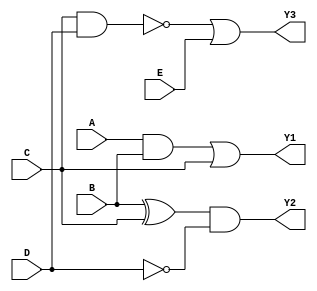
module CombLogicBlocks (
    input wire A,
    input wire B,
    input wire C,
    input wire D,
    input wire E,
    output wire Y1,
    output wire Y2,
    output wire Y3
);

// Overlapping Group 1: Inputs A, B, C
// This group performs a combination of AND and OR operations
wire Y1_int;
assign Y1_int = (A & B) | C; // Example: Y1 is high if either (A AND B) or C is high
assign Y1 = Y1_int;

// Overlapping Group 2: Inputs B, C, D
// This group performs an XOR and NOT operation
wire Y2_int;
assign Y2_int = (B ^ C) & ~D; // Example: Y2 is high if (B XOR C) AND NOT D
assign Y2 = Y2_int;

// Overlapping Group 3: Inputs C, D, E
// This group performs NAND operation
wire Y3_int;
assign Y3_int = ~(C & D) | E; // Example: Y3 is high if NOT (C AND D) OR E is high
assign Y3 = Y3_int;

endmodule